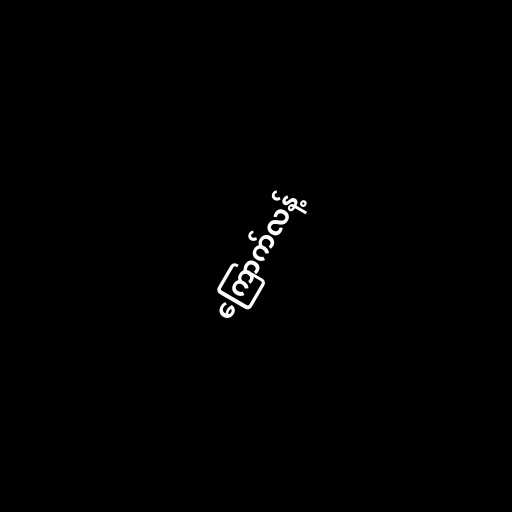
ကြောက်လန့်